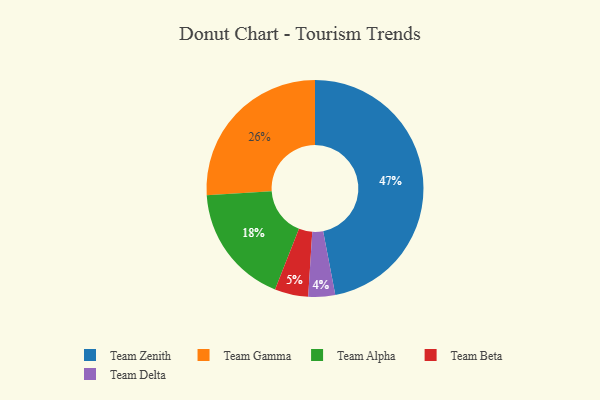
{"axis": {"x": "Category", "y": "Percentage"}, "legend": ["Team Alpha", "Team Beta", "Team Delta", "Team Gamma", "Team Zenith"], "data": [{"x": "Team Zenith", "y": 47, "type": "Team Zenith"}, {"x": "Team Alpha", "y": 18, "type": "Team Alpha"}, {"x": "Team Delta", "y": 4, "type": "Team Delta"}, {"x": "Team Beta", "y": 5, "type": "Team Beta"}, {"x": "Team Gamma", "y": 26, "type": "Team Gamma"}]}